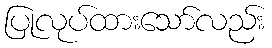
ပြုလုပ်ထားသော်လည်း